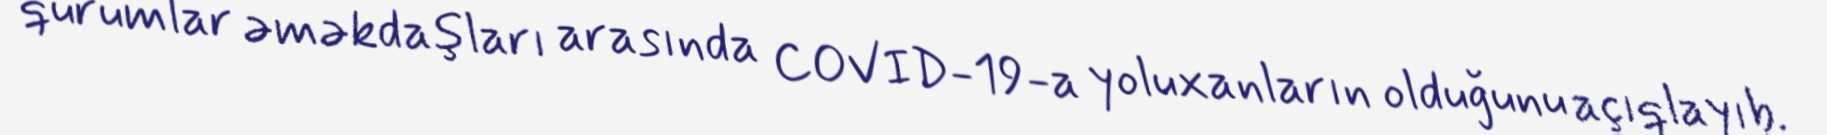
qurumlar əməkdaşları arasında COVID-19-a yoluxanların olduğunu açıqlayıb.